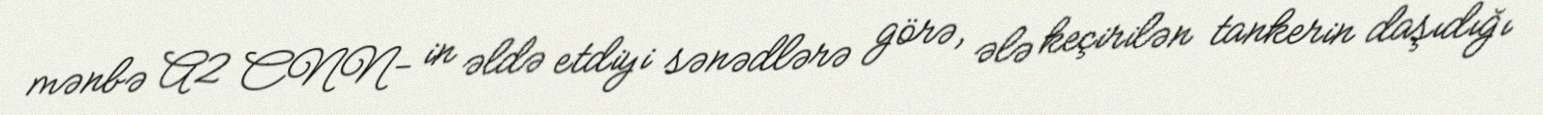
mənbə A2 CNN- in əldə etdiyi sənədlərə görə, ələ keçirilən tankerin daşıdığı